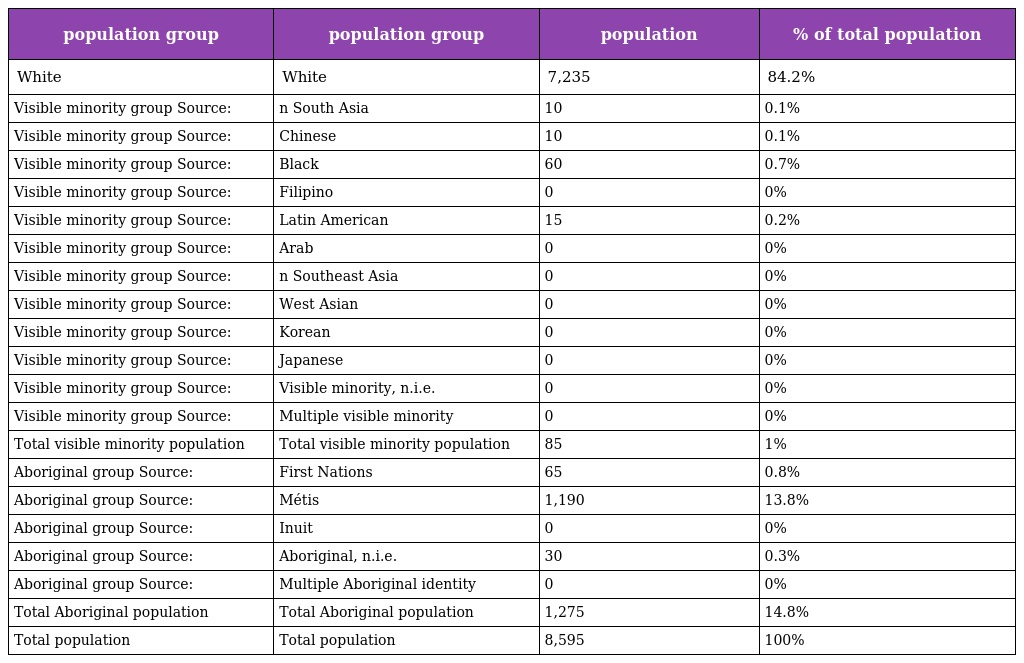
| population group | population group | population | % of total population |
 | --- | --- | --- | --- |
 | White | White | 7,235 | 84.2% |
 | Visible minority group Source: | n South Asia | 10 | 0.1% |
 | Visible minority group Source: | Chinese | 10 | 0.1% |
 | Visible minority group Source: | Black | 60 | 0.7% |
 | Visible minority group Source: | Filipino | 0 | 0% |
 | Visible minority group Source: | Latin American | 15 | 0.2% |
 | Visible minority group Source: | Arab | 0 | 0% |
 | Visible minority group Source: | n Southeast Asia | 0 | 0% |
 | Visible minority group Source: | West Asian | 0 | 0% |
 | Visible minority group Source: | Korean | 0 | 0% |
 | Visible minority group Source: | Japanese | 0 | 0% |
 | Visible minority group Source: | Visible minority, n.i.e. | 0 | 0% |
 | Visible minority group Source: | Multiple visible minority | 0 | 0% |
 | Total visible minority population | Total visible minority population | 85 | 1% |
 | Aboriginal group Source: | First Nations | 65 | 0.8% |
 | Aboriginal group Source: | Métis | 1,190 | 13.8% |
 | Aboriginal group Source: | Inuit | 0 | 0% |
 | Aboriginal group Source: | Aboriginal, n.i.e. | 30 | 0.3% |
 | Aboriginal group Source: | Multiple Aboriginal identity | 0 | 0% |
 | Total Aboriginal population | Total Aboriginal population | 1,275 | 14.8% |
 | Total population | Total population | 8,595 | 100% |